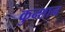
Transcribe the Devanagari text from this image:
कुन्शान